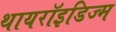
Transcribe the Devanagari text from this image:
थायरॉइडिज्म